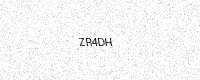
Text: ZR4DH